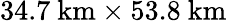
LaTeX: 34.7~\mathrm{km}\times 53.8~\mathrm{km}